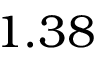
1 . 3 8